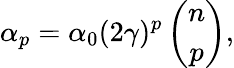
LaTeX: \alpha_{p}=\alpha_{0}(2\gamma)^{p}\left(\begin{array}{c}{{n}}\\ {{p}}\end{array}\right),